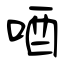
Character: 唒